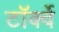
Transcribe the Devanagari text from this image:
टॉर्क्वे